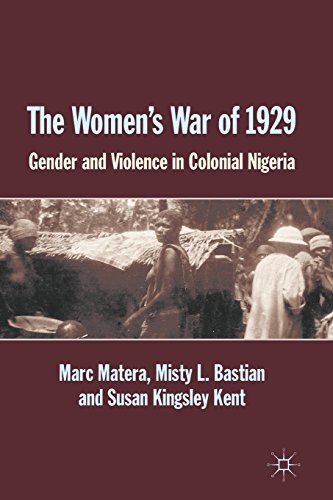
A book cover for The Women's War of 1929: Gender and Violence in Colonial Nigeria; Marc Matera; History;